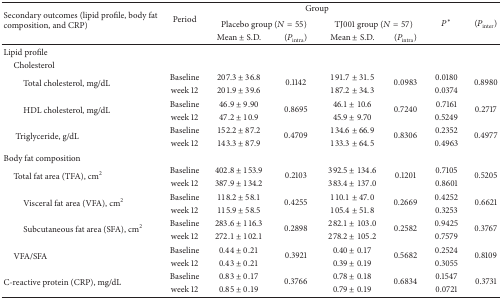
<table><thead><tr><td rowspan="3"><b>Secondary outcomes (lipid profile, body fat composition, and CRP)</b></td><td rowspan="3"><b>Period</b></td><td colspan="4"><b>Group</b></td><td rowspan="3"><b><i>P</i>*</b></td><td rowspan="3"><b>(<i>P</i><sub>inter</sub>)</b></td></tr><tr><td colspan="2"><b>Placebo group (<i>N</i> = 55)</b></td><td colspan="2"><b>TJ001 group (<i>N</i> = 57)</b></td></tr><tr><td><b>Mean ± S.D.</b></td><td><b>(<i>P</i><sub>intra</sub>)</b></td><td><b>Mean ± S.D.</b></td><td><b>(<i>P</i><sub>intra</sub>)</b></td></tr></thead><tbody><tr><td>Lipid profile</td><td> </td><td> </td><td> </td><td> </td><td> </td><td> </td><td> </td></tr><tr><td> Cholesterol</td><td> </td><td> </td><td> </td><td> </td><td> </td><td> </td><td> </td></tr><tr><td rowspan="2">Total cholesterol, mg/dL</td><td>Baseline</td><td>207.3 ± 36.8</td><td rowspan="2">0.1142</td><td>191.7 ± 31.5</td><td rowspan="2">0.0983</td><td>0.0180</td><td rowspan="2">0.8980</td></tr><tr><td>week 12</td><td>201.9 ± 39.6</td><td>187.2 ± 34.3</td><td>0.0374</td></tr><tr><td rowspan="2">HDL cholesterol, mg/dL</td><td>Baseline</td><td>46.9 ± 9.90</td><td rowspan="2">0.8695</td><td>46.1 ± 10.6</td><td rowspan="2">0.7240</td><td>0.7161</td><td rowspan="2">0.2717</td></tr><tr><td>week 12</td><td>47.2 ± 10.9</td><td>45.9 ± 9.70</td><td>0.5249</td></tr><tr><td rowspan="2">Triglyceride, g/dL</td><td>Baseline</td><td>152.2 ± 87.2</td><td rowspan="2">0.4709</td><td>134.6 ± 66.9</td><td rowspan="2">0.8306</td><td>0.2352</td><td rowspan="2">0.4977</td></tr><tr><td>week 12</td><td>143.3 ± 87.9</td><td>133.3 ± 64.5</td><td>0.4963</td></tr><tr><td>Body fat composition</td><td> </td><td> </td><td> </td><td> </td><td> </td><td> </td><td> </td></tr><tr><td rowspan="2"> Total fat area (TFA), cm<sup>2</sup></td><td>Baseline</td><td>402.8 ± 153.9</td><td rowspan="2">0.2103</td><td>392.5 ± 134.6</td><td rowspan="2">0.1201</td><td>0.7105</td><td rowspan="2">0.5205</td></tr><tr><td>week 12</td><td>387.9 ± 134.2</td><td>383.4 ± 137.0</td><td>0.8601</td></tr><tr><td rowspan="2">Visceral fat area (VFA), cm<sup>2</sup></td><td>Baseline</td><td>118.2 ± 58.1</td><td rowspan="2">0.4255</td><td>110.1 ± 47.0</td><td rowspan="2">0.2669</td><td>0.4252</td><td rowspan="2">0.6621</td></tr><tr><td>week 12</td><td>115.9 ± 58.5</td><td>105.4 ± 51.8</td><td>0.3253</td></tr><tr><td rowspan="2">Subcutaneous fat area (SFA), cm<sup>2</sup></td><td>Baseline</td><td>283.6 ± 116.3</td><td rowspan="2">0.2898</td><td>282.1 ± 103.0</td><td rowspan="2">0.2582</td><td>0.9425</td><td rowspan="2">0.3767</td></tr><tr><td>week 12</td><td>272.1 ± 102.1</td><td>278.2 ± 105.2</td><td>0.7579</td></tr><tr><td rowspan="2"> VFA/SFA</td><td>Baseline</td><td>0.44 ± 0.21</td><td rowspan="2">0.3921</td><td>0.40 ± 0.17</td><td rowspan="2">0.5682</td><td>0.2524</td><td rowspan="2">0.8109</td></tr><tr><td>week 12</td><td>0.43 ± 0.21</td><td>0.39 ± 0.19</td><td>0.3055</td></tr><tr><td rowspan="2">C-reactive protein (CRP), mg/dL</td><td>Baseline</td><td>0.83 ± 0.17</td><td rowspan="2">0.3766</td><td>0.78 ± 0.18</td><td rowspan="2">0.6834</td><td>0.1547</td><td rowspan="2">0.3731</td></tr><tr><td>week 12</td><td>0.85 ± 0.19</td><td>0.79 ± 0.19</td><td>0.0721</td></tr></tbody></table>